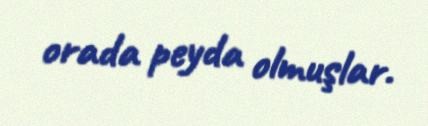
orada peyda olmuşlar.